Vaccination in the Punjab 1867-1880 - 1867-1880
Year: 1867
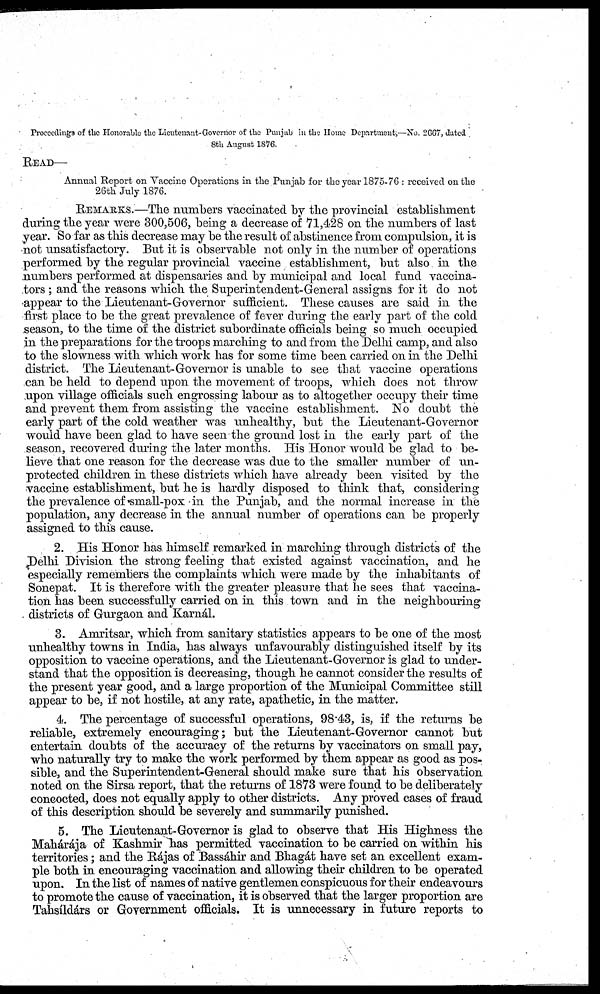
Proccedings of the Honorable the Lieutenant-Governor of the Punjab in the Home Department,—No. 2667, dated
8th August 1876.
READ—
Annual Report on Vaccine Operations in the Punjab for the year 1875-76 : received on the
26th July 1876.
REMARKS.—The numbers vaccinated by the provincial establishment
during the year were 300,506, being a decrease of 71,428 on the numbers of last
year. So far as this decrease may be the result of abstinence from compulsion, it is
not unsatisfactory. But it is observable not only in the number of operations
performed by the regular provincial vaccine establishment, but also in the
numbers performed at dispensaries and by municipal and local fund vaccina¬
tors ; and the reasons which the Superintendent-General assigns for it do not
appear to the Lieutenant-Governor sufficient. These causes are said in the
first place to be the great prevalence of fever during the early part of the cold
season, to the time of the district subordinate officials being so much occupied
in the preparations for the troops marching to and from the Delhi camp, and also
to the slowness with which work has for some time been carried on in the Delhi
district. The Lieutenant-Governor is unable to see that vaccine operations
can be held to depend upon the movement of troops, which does not throw
upon village officials such engrossing labour as to altogether occupy their time
and prevent them from assisting the vaccine establishment. No doubt the
early part of the cold weather was unhealthy, but the Lieutenant-Governor
would have been glad to have seen the ground lost in the early part of the
season, recovered during the later months. His Honor would be glad to be-
lieve that one reason for the decrease was due to the smaller number of un-
protected children in these districts which have already been visited by the
vaccine establishment, but he is hardly disposed to think that, considering
the prevalence of small-pox in the Punjab, and the normal increase in the
population, any decrease in the annual number of operations can be properly
assigned to this cause.
2. His Honor has himself remarked in marching through districts of the
Delhi Division the strong feeling that existed against vaccination, and he
especially remembers the complaints which were made by the inhabitants of
Sonepat. It is therefore with the greater pleasure that he sees that vaccina-
tion has been successfully carried on in this town and in the neighbouring
districts of Gurgaon and Karnál.
3. Amritsar, which from sanitary statistics appears to be one of the most
unhealthy towns in India, has always unfavourably distinguished itself by its
opposition to vaccine operations, and the Lieutenant-Governor is glad to under-
stand that the opposition is decreasing, though he cannot consider the results of
the present year good, and a large proportion of the Municipal Committee still
appear to be, if not hostile, at any rate, apathetic, in the matter.
4. The percentage of successful operations, 98.43, is, if the returns be
reliable, extremely encouraging; but the Lieutenant-Governor cannot but
entertain doubts of the accuracy of the returns by vaccinators on small pay,
who naturally try to make the work performed by them appear as good as pos-
sible, and the Superintendent-General should make sure that his observation
noted on the Sirsa report, that the returns of 1873 were found to be deliberately
conected, does not equally apply to other districts. Any proved cases of fraud
of this description should be severely and summarily punished.
5. The Lieutenant-Governor is glad to observe that His Highness the
Mahárája of Kashmir has permitted vaccination to be carried on within his
territories; and the Rájas of Bassáhir and Bhagát have set an excellent exam-
ple both in encouraging vaccination and allowing their children to be operated
upon. In the list of names of native gentlemen conspicuous for their endeavours
to promote the cause of vaccination, it is observed that the larger proportion are
Tahsíldárs or Government officials. It is unnecessary in future reports to